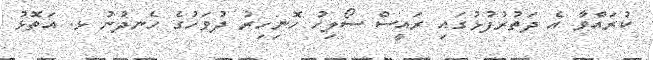
ކުރައްވާ އެ ދަތުރުފުޅުގައި ރައީސް ސޯލިހު ހޮނިހިރު ދުވަހުގެ ހެނދުނު ޅ. އަތޮޅު